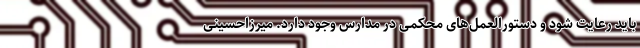
باید رعایت شود و دستورالعمل‌های محکمی در مدارس وجود دارد. میرزاحسینی